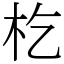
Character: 杚